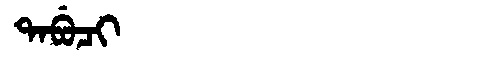
Manchu: ᡨᠠᠪᡠᠴᡳ
Romanization: TABUCI